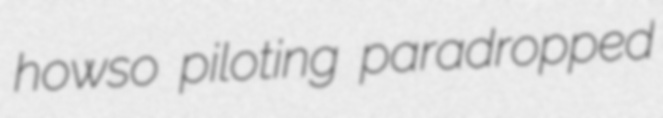
howso piloting paradropped